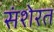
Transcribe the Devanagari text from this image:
संशेरत